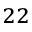
^ { 2 2 }